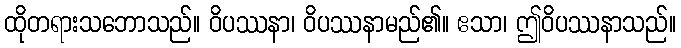
ထိုတရားသဘောသည်။ ဝိပဿနာ၊ ဝိပဿနာမည်၏။ ဧသာ၊ ဤဝိပဿနာသည်။